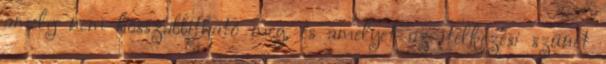
amely nem hosszabbítható meg, és amelyet az ítélkezési szünet